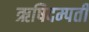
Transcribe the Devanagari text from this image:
ऋषिदम्पती